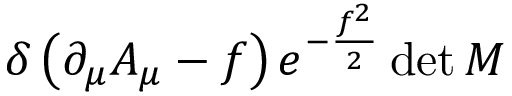
\delta \left( \partial _ { \mu } A _ { \mu } - f \right) e ^ { - { \frac { f ^ { 2 } } { 2 } } } \operatorname* { d e t } M